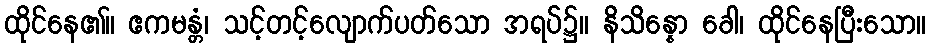
ထိုင်နေ၏။ ဧကမန္တံ၊ သင့်တင့်လျောက်ပတ်သော အရပ်၌။ နိသိန္နော ခေါ၊ ထိုင်နေပြီးသော။